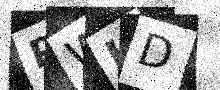
Text: PWHD